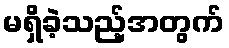
မရှိခဲ့သည့်အတွက်